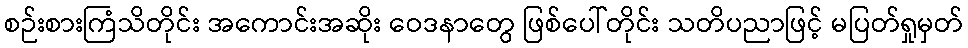
စဉ်းစားကြံသိတိုင်း အကောင်းအဆိုး ဝေဒနာတွေ ဖြစ်ပေါ်တိုင်း သတိပညာဖြင့် မပြတ်ရှုမှတ်